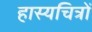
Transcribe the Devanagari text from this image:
हास्यचित्रों